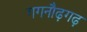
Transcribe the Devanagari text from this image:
गगनौढ़गढ़